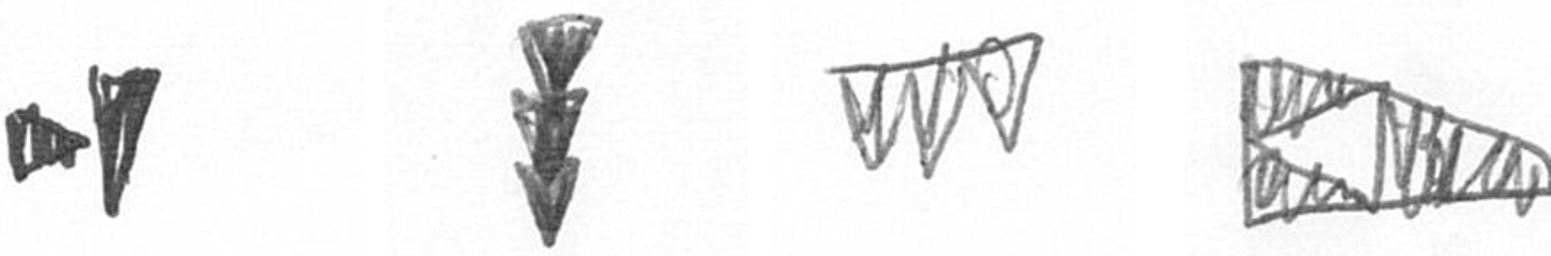
M E L K